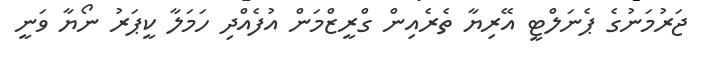
ޖަރުމަނުގެ ޕެނަލްޓީ އޭރިޔާ ތެރެއިން ގްރީޒްމަން އުފެއްދި ހަމަލާ ކީޕަރު ނޯޔާ ވަނީ